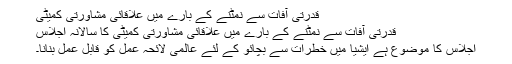
قدرتی آفات سے نمٹنے کے بارے میں علاقائی مشاورتی کمیٹی
قدرتی آفات سے نمٹنے کے بارے میں علاقائی مشاورتی کمیٹی کا سالانہ اجلاس
اجلاس کا موضوع ہے ایشیا میں خطرات سے بچائو کے لئے عالمی لائحہ عمل کو قابل عمل بنانا۔